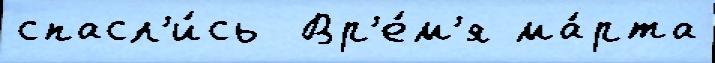
спасл'и́сь  Вр'е́м'я ма́рта